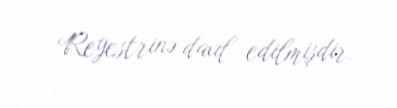
Reyestrinə daxil edilmişdir.